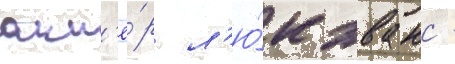
акт'ё́р л'ю́к эванс -